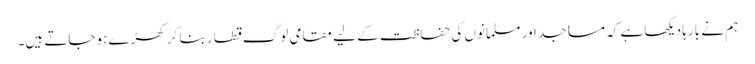
ہم نے بارہا دیکھا ہے کہ مساجد اور مسلمانوں کی حفاظت کے لیے مقامی لوگ قطار بنا کر کھڑے ہوجاتے ہیں۔